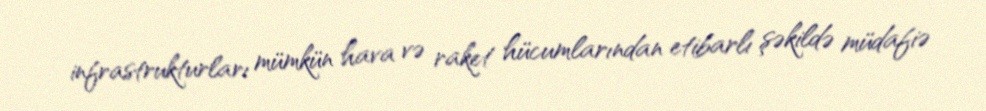
infrastrukturları mümkün hava və raket hücumlarından etibarlı şəkildə müdafiə